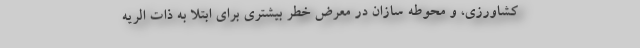
کشاورزی، و محوطه سازان در معرض خطر بیشتری برای ابتلا به ذات الریه